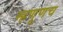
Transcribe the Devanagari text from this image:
म्हणूणच